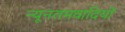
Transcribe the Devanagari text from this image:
न्यूनतमवादियों